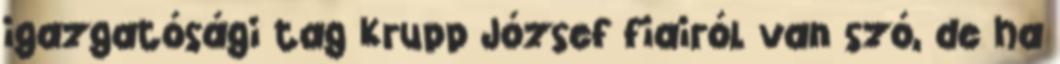
igazgatósági tag Krupp József fiairól van szó, de ha